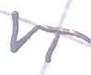
Text: VT